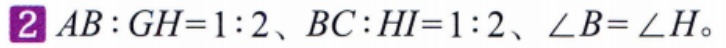
$AB:GH = 1:2、BC:HI = 1:2、\angle B=\angle H$。